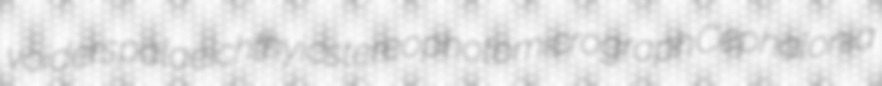
voiders palaeichthyic stereophotomicrograph Cephalonia